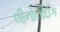
લીનોલીઈક